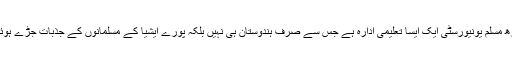
علی گڑھ مسلم یونیورسٹی ایک ایسا تعلیمی ادارہ ہے جس سے صرف ہندوستان ہی نہیں بلکہ پورے ایشیا کے مسلمانوں کے جذبات جڑے ہوئے ہیں۔